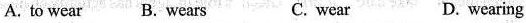
A. to wear B. Wears C. wear D. wearing